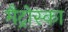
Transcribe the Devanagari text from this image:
मैट्रोस्का